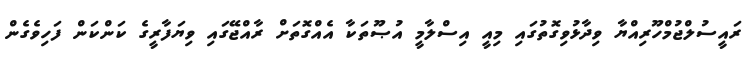
ރައީސުލްޖުމްހޫރިއްޔާ ވިދާޅުވިގޮތުގައި މިއީ އިސްލާމީ އުޞޫތަކާ އެއްގޮތަށް ރާއްޖޭގައި ވިޔަފާރީގެ ކަންކަން ފަހިވެގެން